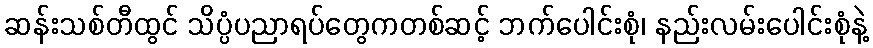
ဆန်းသစ်တီထွင် သိပ္ပံပညာရပ်တွေကတစ်ဆင့် ဘက်ပေါင်းစုံ၊ နည်းလမ်းပေါင်းစုံနဲ့